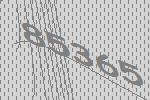
85365